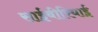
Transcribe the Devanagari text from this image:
साईबीरियाई